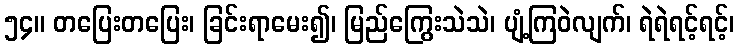
၅၄။ တပြေးတပြေး၊ ခြင်းရာမေး၍၊ မြည်ကြွေးသဲသဲ၊ ပျံ့ကြဝဲလျက်၊ ရဲရဲရင့်ရင့်၊